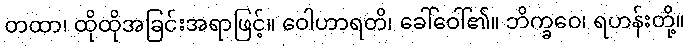
တထာ၊ ထိုထိုအခြင်းအရာဖြင့်။ ဝေါဟာရတိ၊ ခေါ်ဝေါ်၏။ ဘိက္ခဝေ၊ ရဟန်းတို့။